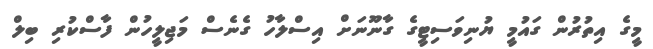
މީގެ އިތުރުން ގައުމީ ޔުނިވަސިޓީގެ ގާނޫނަށް އިސްލާހު ގެނެސް މަޖިލީހުން ފާސްކުރި ބިލް